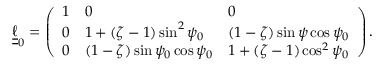
\boldsymbol { \underline { { \underline { { \ell } } } } } _ { 0 } = \left( \begin{array} { l l l } { 1 } & { 0 } & { 0 } \\ { 0 } & { 1 + ( \zeta - 1 ) \sin ^ { 2 } \psi _ { 0 } } & { ( 1 - \zeta ) \sin \psi \cos \psi _ { 0 } } \\ { 0 } & { ( 1 - \zeta ) \sin \psi _ { 0 } \cos \psi _ { 0 } } & { 1 + ( \zeta - 1 ) \cos ^ { 2 } \psi _ { 0 } } \end{array} \right) .